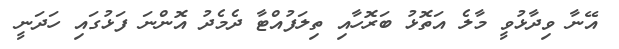
އޭނާ ވިދާޅުވީ މާލެ އަތޮޅު ބަރޮހާއި ތިލަފުއްޓާ ދެމެދު އޮންނަ ފަޅުގައި ހަދަނީ